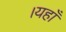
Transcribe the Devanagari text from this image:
।यहाँ